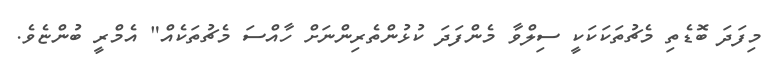
މިފަދަ ބޮޑެތި މެޗުތަކަކަކީ ސިލްވާ މެންފަދަ ކުޅުންތެރިންނަށް ހާއްސަ މެޗުތަކެއް" އެމްރީ ބުންޏެވެ.